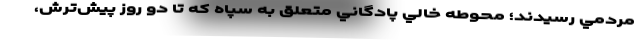
مردمي رسيدند؛ محوطه خالي پادگاني متعلق به سپاه كه تا دو روز پيش‌ترش،